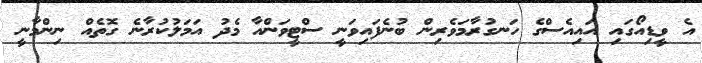
އެ ވީޑިއޯގައި އައިއެސްގެ ހަނގުރާމަވެރިން ބުނެފައިވަނީ ސްޓީވަންއާ މެދު އަމަލުކުރާނެ ގޮތެއް ނިންމާނީ